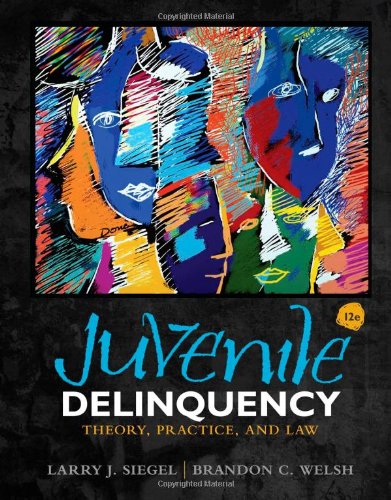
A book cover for Juvenile Delinquency: Theory, Practice, and Law; Larry J. Siegel; Education & Teaching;